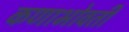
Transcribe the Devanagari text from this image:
कणाभोवती